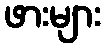
ဖားများ